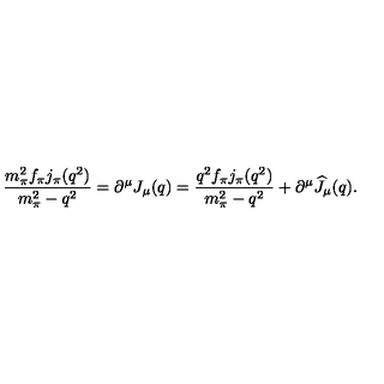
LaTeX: \displaystyle { \frac { m _ { \pi } ^ { 2 } f _ { \pi } j _ { \pi } ( q ^ { 2 } ) } { m _ { \pi } ^ { 2 } - q ^ { 2 } } = \partial ^ { \mu } J _ { \mu } ( q ) = \frac { q ^ { 2 } f _ { \pi } j _ { \pi } ( q ^ { 2 } ) } { m _ { \pi } ^ { 2 } - q ^ { 2 } } + \partial ^ { \mu } \widehat J _ { \mu } ( q ) . }